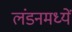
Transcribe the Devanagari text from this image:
लंडनमध्यें